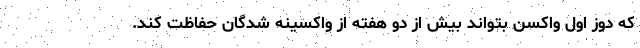
که دوز اول واکسن بتواند بیش از دو هفته از واکسینه شدگان حفاظت کند.